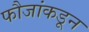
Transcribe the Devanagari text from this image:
फौजांकडून